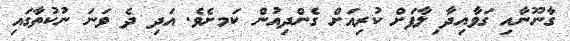
ގާނޫނާއި ގަވާއިދާ ިލާފަށް ކުރިއަށް ގެންދިއުން ކަމށެވެ. އަދި ދެ ވަނަ ނުކުތާގައި